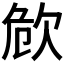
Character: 𣢪